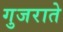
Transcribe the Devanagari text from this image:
गुजराते